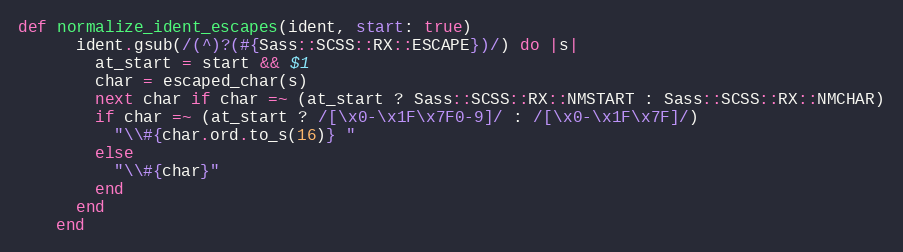
Language: Ruby
def normalize_ident_escapes(ident, start: true)
      ident.gsub(/(^)?(#{Sass::SCSS::RX::ESCAPE})/) do |s|
        at_start = start && $1
        char = escaped_char(s)
        next char if char =~ (at_start ? Sass::SCSS::RX::NMSTART : Sass::SCSS::RX::NMCHAR)
        if char =~ (at_start ? /[\x0-\x1F\x7F0-9]/ : /[\x0-\x1F\x7F]/)
          "\\#{char.ord.to_s(16)} "
        else
          "\\#{char}"
        end
      end
    end